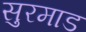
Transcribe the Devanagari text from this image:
सुरमाड